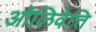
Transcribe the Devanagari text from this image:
ओलिवेत्ति